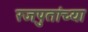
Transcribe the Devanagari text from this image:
रजपुतांच्या